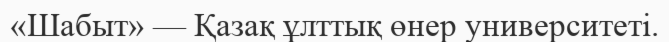
«Шабыт» — Қазақ ұлттық өнер университеті.